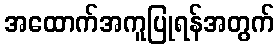
အထောက်အကူပြုရန်အတွက်